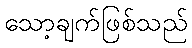
သော့ချက်ဖြစ်သည်